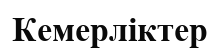
Кемерліктер